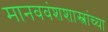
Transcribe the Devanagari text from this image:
मानववंशशास्त्रांच्या